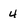
Character: 4